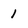
Character: 1